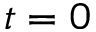
t = 0